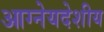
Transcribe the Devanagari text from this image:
आग्नेयदेशीय